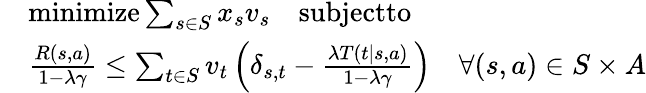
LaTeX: \begin{array}{rlr}&{\textnormal{minimize}\sum_{s\in S}x_{s}v_{s}\quad\textnormal{subjectto}}\\ &{\frac{R(s,a)}{1-\lambda\gamma}\leq\sum_{t\in S}v_{t}\left(\delta_{s,t}-\frac{\lambda T(t\mid s,a)}{1-\lambda\gamma}\right)}&{\forall(s,a)\in S\times A}\end{array}